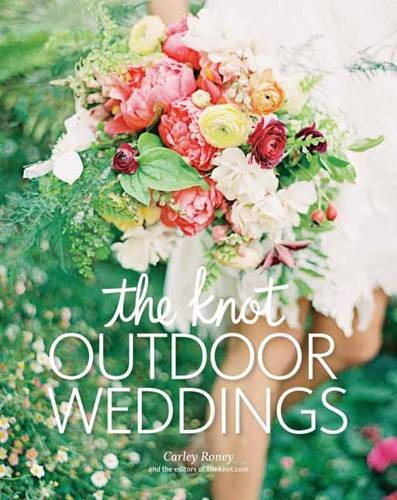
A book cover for The Knot Outdoor Weddings; Carley Roney; Crafts, Hobbies & Home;